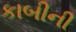
કાબીની